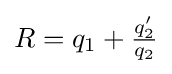
R=q_{1}+{\tfrac {q_{2}'}{q_{2}}}